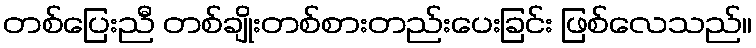
တစ်ပြေးညီ တစ်ချိုးတစ်စားတည်းပေးခြင်း ဖြစ်လေသည်။